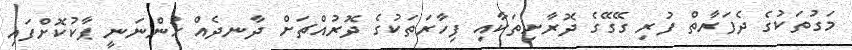
މަގުތަކުގެ ދެފަރާތް ފުރި ގޭގޭގެ ދޮރާށިތަކާއި ފިހާރަތަކުގެ ދޮރުއްޗަށް ދާނދެއް ހުންނަނީ ޕާކުކޮށްފައި